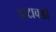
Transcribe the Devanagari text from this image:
आटाचक्की